system: You are a helpful assistant.
user:
Analyze the provided spectrum to determine if it is a **M-type Giant (gM)**.

A M-type Giant spectrum is defined by its **strong molecular absorption** features, particularly from **Titanium Oxide (TiO)**. You must check for one of the following mutually exclusive signatures:

- **Key Visual Indicators (Absorption-Dominated Spectrum):**

    - **(Primary):** The spectrum is dominated by strong molecular absorption from **Titanium Oxide (TiO)**. This is the **defining feature** of its M-type temperature class.
        - **(Key Bandheads):** Look for sharp, "saw-tooth" absorption valleys. The strongest are located near **~7050 Å**, **~6160 Å**, and **~5170 Å**.
        - **(Line Profile):** The "saw-tooth" morphology is critical: a **sharp, steep drop on the BLUE (short-wavelength) side** of the bandhead, followed by a gradual recovery (rising flux) towards the RED (long-wavelength) side.

    - **(Key Confirmation - Giant vs. Dwarf):** **ABSENCE** of strong **Calcium Hydride (CaH)** molecular bands. This is the primary diagnostic for *excluding* M-dwarfs.
        - **(Key Region):** The spectrum should lack the strong, broad absorption band seen in dwarfs between **~6800 Å and ~7000 Å**.

    - **(Secondary Confirmation - Giant):** A very strong and broad **Neutral Calcium (Ca I)** atomic absorption line.
        - **(Key Line):** Located at **~4226 Å**. In a giant (gM), this line is significantly deeper and broader than the same line in an M-dwarf (dM) due to low surface gravity.

    - **(Overall Spectrum):**
        - The continuum is **extremely red-sloping** (i.e., flux is very low in the blue and rises dramatically towards the red).
        - The entire spectrum appears "chopped up" by the deep TiO bands.

Think first, call **spectral_visualization_tool** if needed to examine features in detail, then provide your final answer. Your response must adhere to the following strict rules:
1.  **Overall Structure:** Your response must follow the format `<think>...</think> <tool_call>...</tool_call> (if a tool is used) <answer>...</answer>`.
2.  **Tool Usage Constraint:** You may only make **one** tool call per turn.
3.  **Final Answer Format:** In the `<answer>` tag, your conclusion must be inside a `\boxed{}` command (e.g., `\boxed{YES}` or `\boxed{NO}`), followed by your justification.

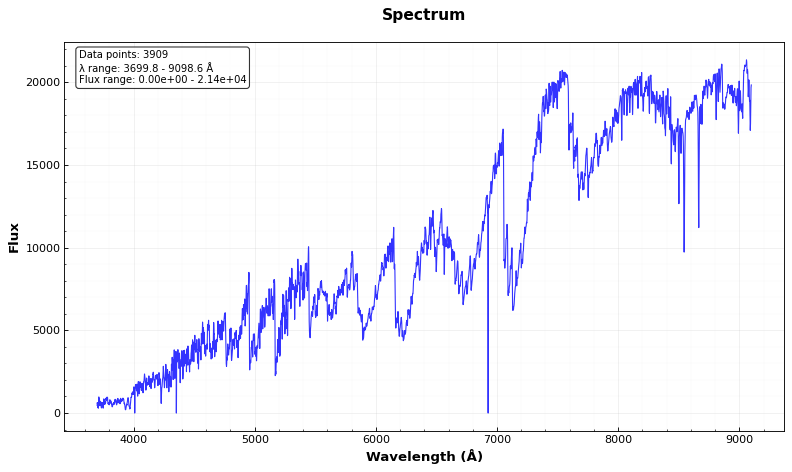
Answer: YES